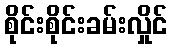
စိုင်းစိုင်းခမ်းလှိုင်